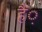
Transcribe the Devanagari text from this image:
हैं़